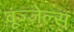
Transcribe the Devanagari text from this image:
वूज्ज़ेल्स